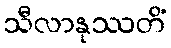
သီလာနုဿတိံ